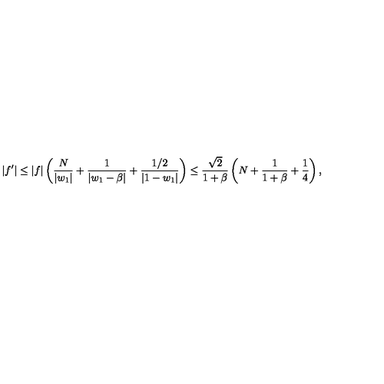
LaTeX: | f ^ { \prime } | \leq | f | \left( { \frac { N } { | w _ { 1 } | } } + { \frac { 1 } { | w _ { 1 } - \beta | } } + { \frac { 1 / 2 } { | 1 - w _ { 1 } | } } \right) \leq { \frac { \sqrt { 2 } } { 1 + \beta } } \left( N + { \frac { 1 } { 1 + \beta } } + { \frac { 1 } { 4 } } \right) ,